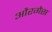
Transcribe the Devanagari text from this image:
औरगैस